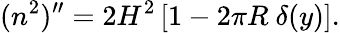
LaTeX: (n^{2})^{\prime\prime}=2H^{2}\left[1-2\pi R\ \delta(y)\right].